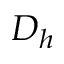
D _ { h }